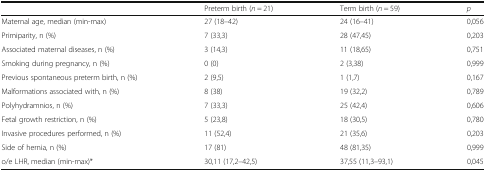
<table><thead><tr><td></td><td><b>Preterm birth (<i>n</i> = 21)</b></td><td><b>Term birth (<i>n</i> = 59)</b></td><td><b><i>p</i></b></td></tr></thead><tbody><tr><td>Maternal age, median (min-max)</td><td>27 (18–42)</td><td>24 (16–41)</td><td>0,056</td></tr><tr><td>Primiparity, n (%)</td><td>7 (33,3)</td><td>28 (47,45)</td><td>0,203</td></tr><tr><td>Associated maternal diseases, n (%)</td><td>3 (14,3)</td><td>11 (18,65)</td><td>0,751</td></tr><tr><td>Smoking during pregnancy, n (%)</td><td>0 (0)</td><td>2 (3,38)</td><td>0,999</td></tr><tr><td>Previous spontaneous preterm birth, n (%)</td><td>2 (9,5)</td><td>1 (1,7)</td><td>0,167</td></tr><tr><td>Malformations associated with, n (%)</td><td>8 (38)</td><td>19 (32,2)</td><td>0,789</td></tr><tr><td>Polyhydramnios, n (%)</td><td>7 (33,3)</td><td>25 (42,4)</td><td>0,606</td></tr><tr><td>Fetal growth restriction, n (%)</td><td>5 (23,8)</td><td>18 (30,5)</td><td>0,780</td></tr><tr><td>Invasive procedures performed, n (%)</td><td>11 (52,4)</td><td>21 (35,6)</td><td>0,203</td></tr><tr><td>Side of hernia, n (%)</td><td>17 (81)</td><td>48 (81,35)</td><td>0,999</td></tr><tr><td>o/e LHR, median (min-max)*</td><td>30,11 (17,2–42,5)</td><td>37,55 (11,3–93,1)</td><td>0,045</td></tr></tbody></table>